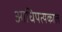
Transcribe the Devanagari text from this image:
आधिपत्यकाल